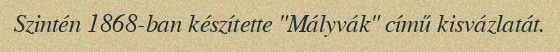
Szintén 1868-ban készítette "Mályvák" című kisvázlatát.